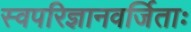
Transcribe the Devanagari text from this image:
स्वपरिज्ञानवर्जिताः